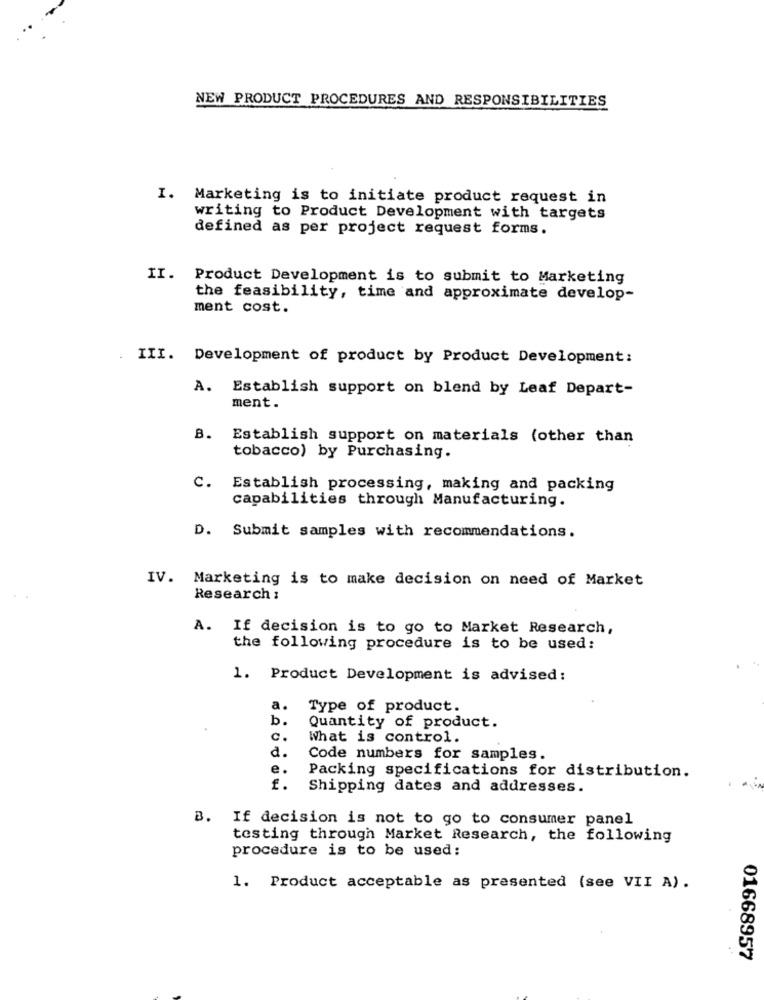
NEW PRODUCT PROCEDURES AND RESPONSIBILITIES
I. Marketing is to initiate product request in
writing to Product Development with targets
defined as per project request forms.
II. Product Development is to submit to Marketing
the feasibility, time and approximate develop-
ment cost.
III. Development of product by Product Development:
A.
Establish support on blend by Leaf Depart-
ment.
B. Establish support on materials (other than
tobacco) by Purchasing.
c.
Establish processing, making and packing
capabilities through Manufacturing.
D. Submit samples with recommendations.
IV. Marketing is to make decision on need of Market
Research :
A. If decision is to go to Market Research,
the following procedure is to be used:
1. Product Development is advised:
a.
Type of product.
b.
Quantity of product.
c.
What is control.
d.
Code numbers for samples.
e.
Packing specifications for distribution.
f.
Shipping dates and addresses.
B. If decision is not to go to consumer panel
testing through Market Research, the following
procedure is to be used:
1. Product acceptable as presented (see VII A).
01668957